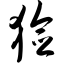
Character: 猃